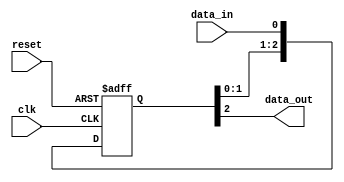
module cascadesynchronizer
(
  input wire clk,        // system clock
  input wire reset,      // reset signal
  
  input wire data_in,    // input data signal
  output reg data_out    // output synchronized data signal
);
  
  reg [2:0] flipflop_chain; // internal flip-flop chain
  
  // flip-flop chain synchronization process
  always @(posedge clk or posedge reset)
  begin
    if (reset)
      flipflop_chain <= 3'b0; // reset flip-flop chain
    else
      flipflop_chain <= {flipflop_chain[1:0], data_in}; // cascade input data signal through flip-flops
  end
  
  // output synchronized data signal
  always @*
  begin
    data_out = flipflop_chain[2]; // output synchronized data from last flip-flop in chain
  end
endmodule